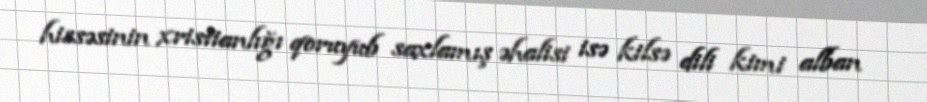
hissəsinin xristianlığı qoruyub saxlamış əhalisi isə kilsə dili kimi alban